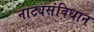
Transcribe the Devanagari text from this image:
नाट्यसंविधान